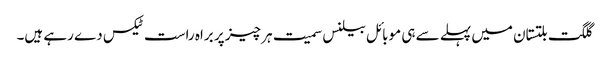
گلگت بلتستان میں پہلے سے ہی موبائل بیلنس سمیت ہر چیز پر براہ راست ٹیکس دے رہے ہیں۔